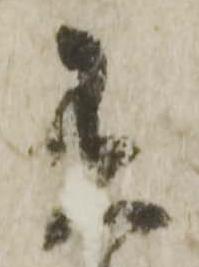
有